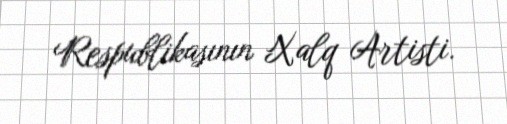
Respublikasının Xalq Artisti.